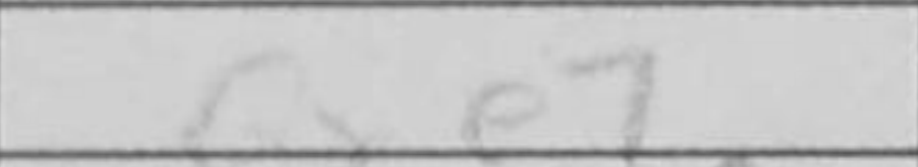
Transcription: Qxe7